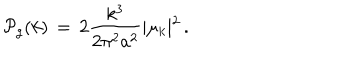
{ \cal P } _ { g } ( k ) \, = \, 2 { \frac { k ^ { 3 } } { 2 \pi ^ { 2 } a ^ { 2 } } } \vert \mu _ { k } \vert ^ { 2 } \, .